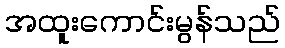
အထူးကောင်းမွန်သည်